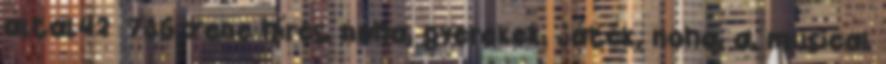
által42 736 zene híres, noha, gyerekek, játék, noha, a, musical